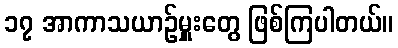
၁၇ အာကာသယာဉ်မှူးတွေ ဖြစ်ကြပါတယ်။